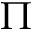
\Pi